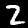
Digit: 2